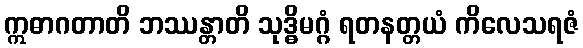
ဣဓာဂတာတိ ဘဿန္တာတိ သုဒ္ဓိမဂ္ဂံ ရတနတ္တယံ ကိလေသရဇံ